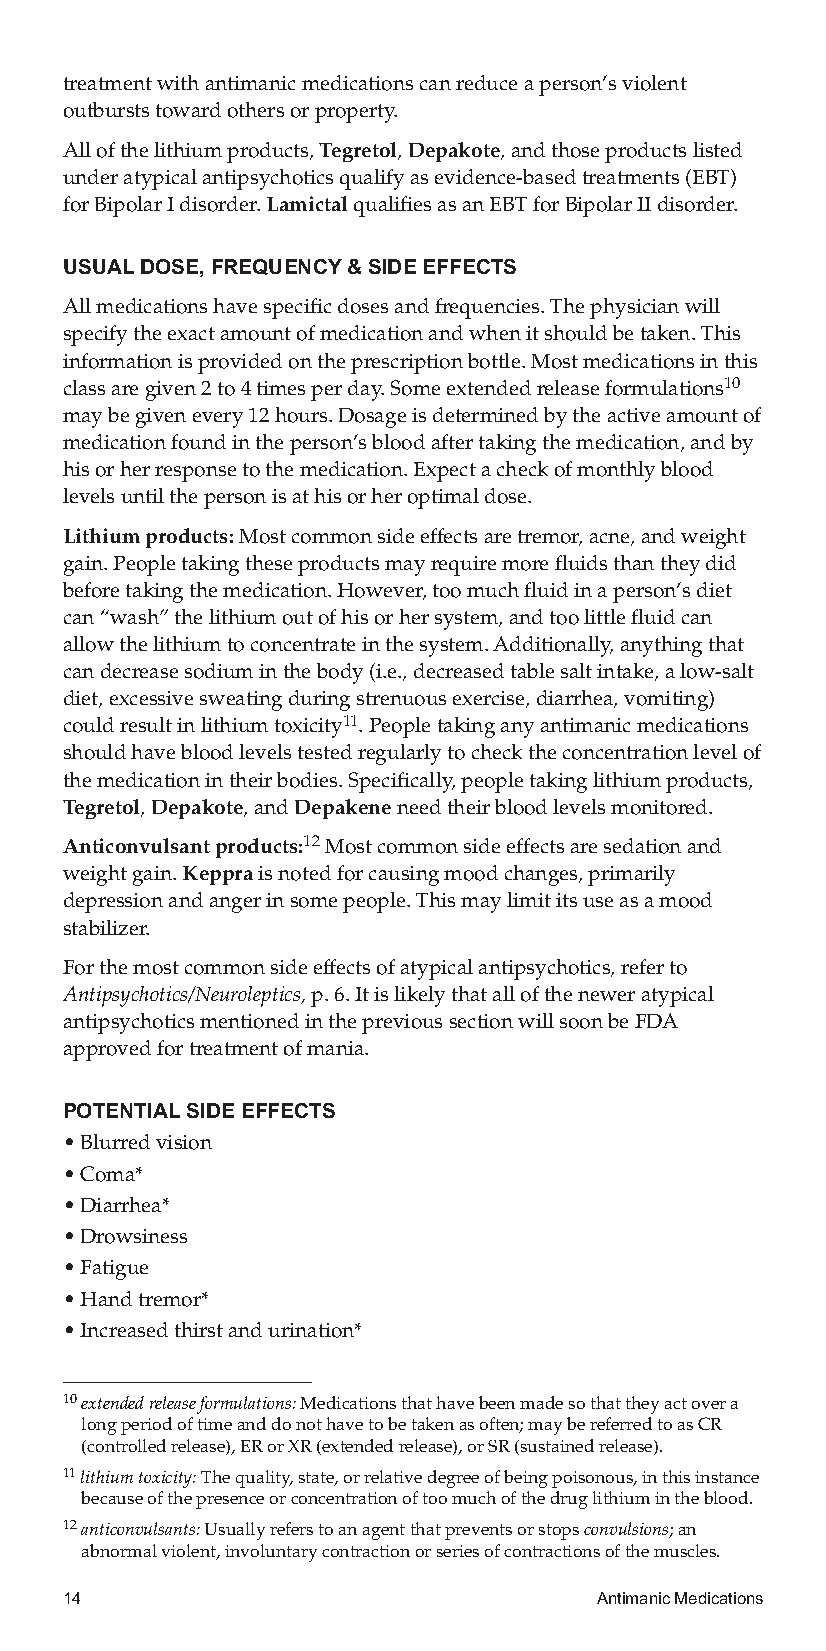
treatmentwithantimanicmedicationscanreduceaperson’sviolent
 outburststowardothersorproperty.
 Allofthelithiumproducts,Tegretol,Depakote,andthoseproductslisted
 underatypicalantipsychoticsqualifyasevidence-basedtreatments(EBT)
 forBipolarIdisorder.LamictalqualifiesasanEBTforBipolarIIdisorder.
 USUALDOSE,FREQUENCY&SIDEEFFECTS
 Allmedicationshavespecificdosesandfrequencies.Thephysicianwill
 specifytheexactamountofmedicationandwhenitshouldbetaken.This
 informationisprovidedontheprescriptionbottle.Mostmedicationsinthis
 classaregiven2to4timesperday.Someextendedreleaseformulations10
 maybegivenevery12hours.Dosageisdeterminedbytheactiveamountof
 medicationfoundintheperson’sbloodaftertakingthemedication,andby
 hisorherresponsetothemedication.Expectacheckofmonthlyblood
 levelsuntilthepersonisathisorheroptimaldose.
 Lithiumproducts:Mostcommonsideeffectsaretremor,acne,andweight
 gain.Peopletakingtheseproductsmayrequiremorefluidsthantheydid
 beforetakingthemedication.However,toomuchfluidinaperson’sdiet
 can“wash”thelithiumoutofhisorhersystem,andtoolittlefluidcan
 allowthelithiumtoconcentrateinthesystem.Additionally,anythingthat
 candecreasesodiuminthebody(i.e.,decreasedtablesaltintake,alow-salt
 diet,excessivesweatingduringstrenuousexercise,diarrhea,vomiting)
 couldresultinlithiumtoxicity11.Peopletakinganyantimanicmedications
 shouldhavebloodlevelstestedregularlytochecktheconcentrationlevelof
 themedicationintheirbodies.Specifically,peopletakinglithiumproducts,
 Tegretol,Depakote,andDepakeneneedtheirbloodlevelsmonitored.
 Anticonvulsantproducts:12Mostcommonsideeffectsaresedationand
 weightgain.Keppraisnotedforcausingmoodchanges,primarily
 depressionandangerinsomepeople.Thismaylimititsuseasamood
 stabilizer.
 Forthemostcommonsideeffectsofatypicalantipsychotics,referto
 Antipsychotics/Neuroleptics,p.6.Itislikelythatalloftheneweratypical
 antipsychoticsmentionedintheprevioussectionwillsoonbeFDA
 approvedfortreatmentofmania.
 POTENTIALSIDEEFFECTS
 •Blurredvision
 •Coma*
 •Diarrhea*
 •Drowsiness
 •Fatigue
 •Handtremor*
 •Increasedthirstandurination*
 10extendedreleaseformulations:Medicationsthathavebeenmadesothattheyactovera
 longperiodoftimeanddonothavetobetakenasoften;maybereferredtoasCR
 (controlledrelease),ERorXR(extendedrelease),orSR(sustainedrelease).
 11lithiumtoxicity:Thequality,state,orrelativedegreeofbeingpoisonous,inthisinstance
 becauseofthepresenceorconcentrationoftoomuchofthedruglithiumintheblood.
 12anticonvulsants:Usuallyreferstoanagentthatpreventsorstopsconvulsions;an
 abnormalviolent,involuntarycontractionorseriesofcontractionsofthemuscles.
 14                                 AntimanicMedications